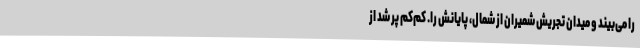
را می‌بیند و میدان تجریشِ شمیران از شمال، پایانش را. کم‌کم پر شد از